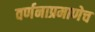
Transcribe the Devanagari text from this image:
वर्णनाप्रमाणेच